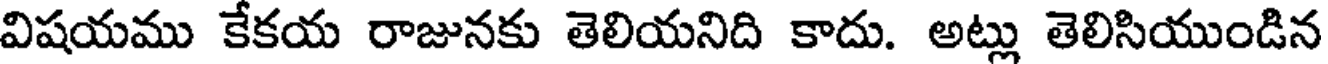
విషయము కేకయ రాజునకు తెలియనిది కాదు. అట్లు తెలిసియుండిన